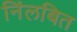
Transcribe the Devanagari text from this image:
निंलबित